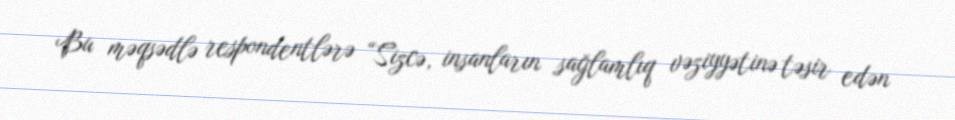
Bu məqsədlə respondentlərə “Sizcə, insanların sağlamlıq vəziyyətinə təsir edən